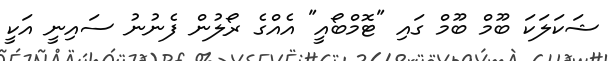
ޝަކަލަކަ ބޫމް ބޫމް ގައި "ޓޮމްބޯއީ" އެއްގެ ރޯލުން ފެނުނު ސައިނީ އަކީ